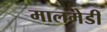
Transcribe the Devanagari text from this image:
मालमेडी